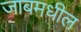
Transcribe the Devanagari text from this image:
जाबमधील